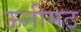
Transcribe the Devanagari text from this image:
ऊनीमठ